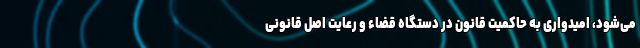
می‌شود، امیدواری به حاکمیت قانون در دستگاه قضاء و رعایت اصل قانونی